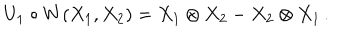
U _ { 1 } \circ W ( X _ { 1 } , X _ { 2 } ) = X _ { 1 } \otimes X _ { 2 } - X _ { 2 } \otimes X _ { 1 } \, .